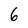
Character: 6